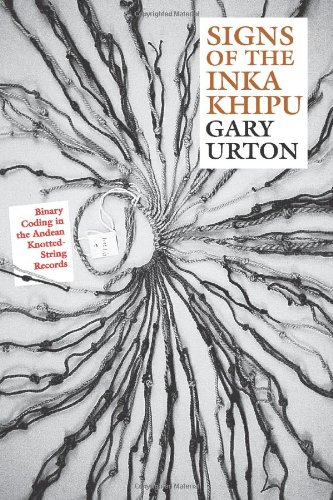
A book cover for Signs of the Inka Khipu: Binary Coding in the Andean Knotted-String Records (The Linda Schele Series in Maya and Pre-Columbian Studies); Gary Urton; History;